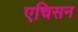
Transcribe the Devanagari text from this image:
एचिसन